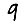
Digit: 9